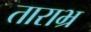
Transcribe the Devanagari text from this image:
ताराभ्र